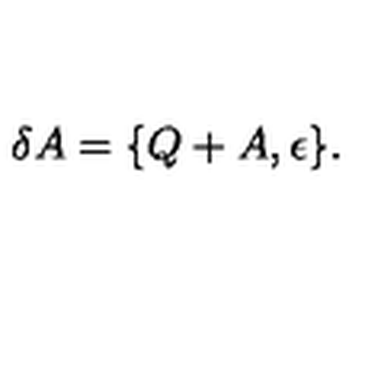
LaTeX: \delta A = \{ Q + A , \epsilon \} .